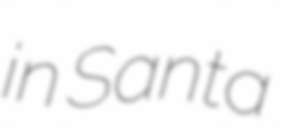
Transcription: in Santa